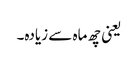
یعنی چھ ماہ سے زیادہ۔